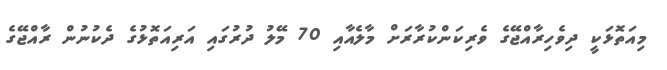
މިއަތޮޅަކީ ދިވެހިރާއްޖޭގެ ވެރިކަންކުރާރަށް މާލެއާއި 70 މޭލު ދުރުގައި އަރިއަތޮޅުގެ ދެކުނުން ރާއްޖޭގެ